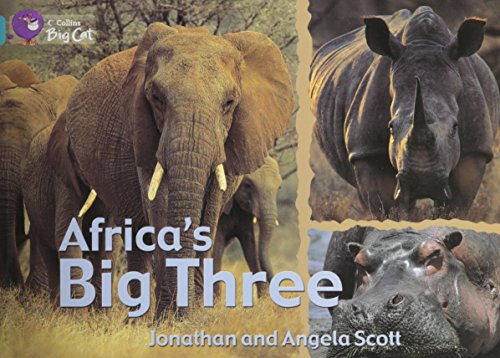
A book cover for AfricaEEs Big Three (Collins Big Cat); Angela Scott; Children's Books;